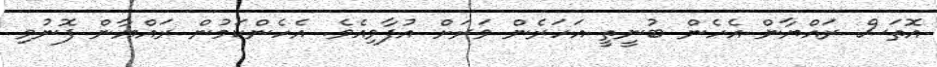
އޮތަސް ރައްޔާން އެހެން ބުނީތީ އަހަރެން ވަރަށް އުފާވިއެވެ. އެހެންކަމުން ރައްޔާން ފޮނުވި